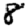
Digit: 8